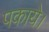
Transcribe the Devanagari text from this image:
पकाये।